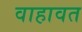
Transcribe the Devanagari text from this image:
वाहावत